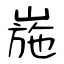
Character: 崺